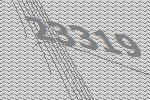
23319